Report on lock hospitals in British Burma
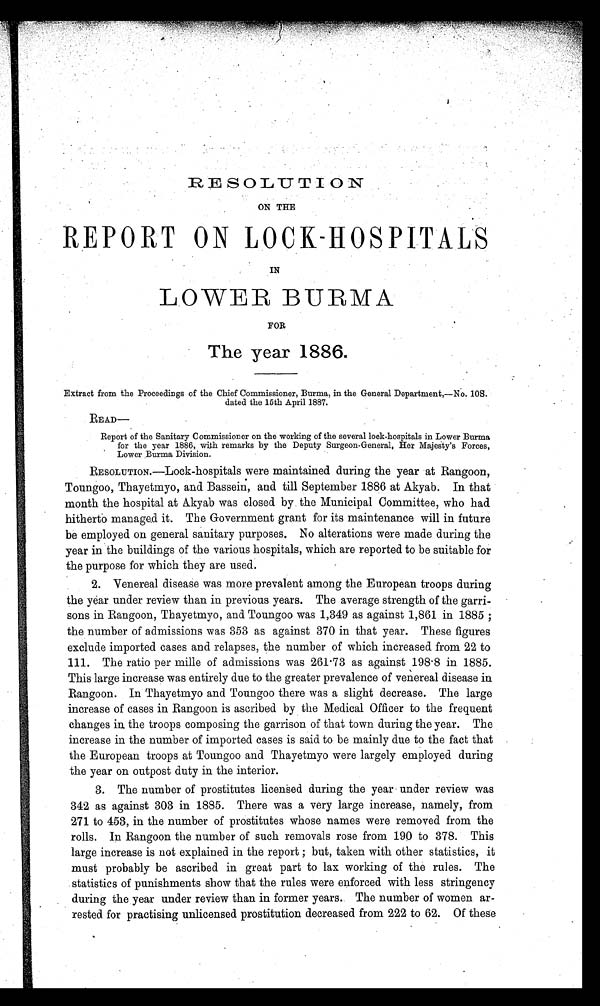
RESOLUTION
ON THE
REPORT ON LOCK-HOSPITALS
IN
LOWER BURMA
FOR
The year 1886.
Extract from the Proceedings of the Chief Commissioner, Burma, in the General Department,—No. 10S.
dated the 15th April 1887.
READ—
Report of the Sanitary Commissioner on the working of the several lock-hospitals in Lower Burma
for the year 1886, with remarks by the Deputy Surgeon-General, Her Majesty's Forces,
Lower Burma Division.
RESOLUTION.—Lock-hospitals were maintained during the year at Rangoon,
Toungoo, Thayetmyo, and Bassein, and till September 1886 at Akyab. In that
month the hospital at Akyab was closed by the Municipal Committee, who had
hitherto managed it. The Government grant for its maintenance will in future
be employed on general sanitary purposes. No alterations were made during the
year in the buildings of the various hospitals, which are reported to be suitable for
the purpose for which they are used.
2. Venereal disease was more prevalent among the European troops during
the year under review than in previous years. The average strength of the garri-
sons in Rangoon, Thayetmyo, and Toungoo was 1,349 as against 1,861 in 1885 ;
the number of admissions was 353 as against 370 in that year. These figures
exclude imported cases and relapses, the number of which increased from 22 to
111. The ratio per mille of admissions was 261.73 as against 198.8 in 1885.
This large increase was entirely due to the greater prevalence of venereal disease in
Rangoon. In Thayetmyo and Toungoo there was a slight decrease. The large
increase of cases in Rangoon is ascribed by the Medical Officer to the frequent
changes in the troops composing the garrison of that town during the year. The
increase in the number of imported cases is said to be mainly due to the fact that
the European troops at Toungoo and Thayetmyo were largely employed during
the year on outpost duty in the interior.
3. The number of prostitutes licensed during the year under review was
342 as against 303 in 1885. There was a very large increase, namely, from
271 to 453, in the number of prostitutes whose names were removed from the
rolls. In Rangoon the number of such removals rose from 190 to 378. This
large increase is not explained in the report ; but, taken with other statistics, it
must probably be ascribed in great part to lax working of the rules. The
statistics of punishments show that the rules were enforced with less stringency
during the year under review than in former years. The number of women ar-
rested for practising unlicensed prostitution decreased from 222 to 62. Of these